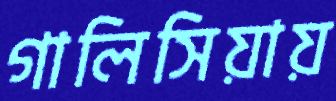
গালিসিয়ায়